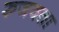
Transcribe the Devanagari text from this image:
रुजवता